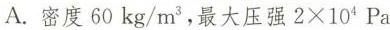
A.密度60kg/m^{3}，最大压强2×104Pa